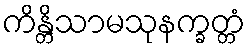
ကိန္တိသာမသုနက္ခတ္တံ